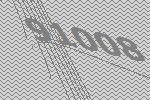
91008